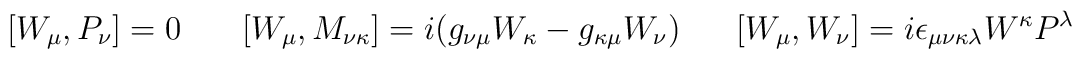
\left[ W_{\mu },P_{\nu }\right] =0\,\,\,\,\,\,\,\,\,\,\left[ W_{\mu },M_{\nu\kappa }\right] =i(g_{\nu \mu }W_{\kappa }-g_{\kappa \mu }W_{\nu})\,\,\,\,\,\,\,\,\,\left[ W_{\mu },W_{\nu }\right] =i\epsilon _{\mu \nu\kappa \lambda }W^{\kappa }P^{\lambda }